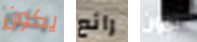
يكون رائع تاون